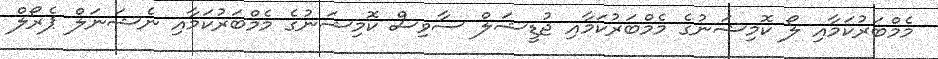
މެމްބަރުކަމާއި ލޯ ކޮމިޝަނުގެ މެމްބަރުކަމާއި ޖުޑީޝަލް ސާވިސް ކޮމިޝަނުގެ މެމްބަރުކަމާއި ނެޝަނަލް ޕެރޯލް